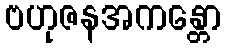
ဗဟုဇနအကန္တော